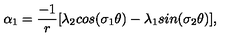
\alpha _ { 1 } = \frac { - 1 } { r } [ \lambda _ { 2 } c o s ( \sigma _ { 1 } \theta ) - \lambda _ { 1 } s i n ( \sigma _ { 2 } \theta ) ] ,